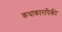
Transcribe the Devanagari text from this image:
कथाकारांपैकी